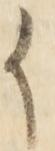
か